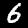
Digit: 6